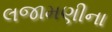
લજામણીના